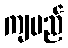
ကျမည်